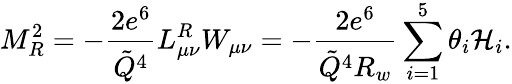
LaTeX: M_{R}^{2}=-{\frac{2e^{6}}{\tilde{Q}^{4}}}L_{\mu\nu}^{R}W_{\mu\nu}=-{\frac{2e^{6}}{\tilde{Q}^{4}R_{w}}}\sum_{i=1}^{5}\theta_{i}{\cal H}_{i}.